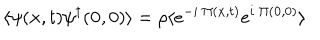
\langle \psi ( { \bf { x } } , t ) \psi ^ { \dagger } ( { \bf { 0 } } , 0 ) \rangle = \rho \langle e ^ { - i \mathrm { ~ } \Pi ( { \bf { x } } , t ) } e ^ { i \mathrm { ~ } \Pi ( { \bf { 0 } } , 0 ) } \rangle